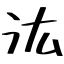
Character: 汯